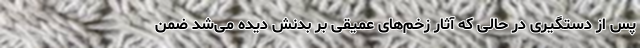
پس از دستگیری در حالی که آثار زخم‌های عمیقی بر بدنش دیده می‌شد ضمن